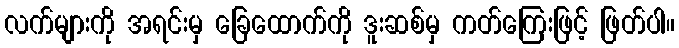
လက်များကို အရင်းမှ ခြေထောက်ကို ဒူးဆစ်မှ ကတ်ကြေးဖြင့် ဖြတ်ပါ။